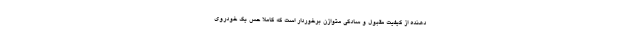
دهنده از کیفیت مقبول و سادگی متوازن برخوردار است که کاملا حس یک خودروی